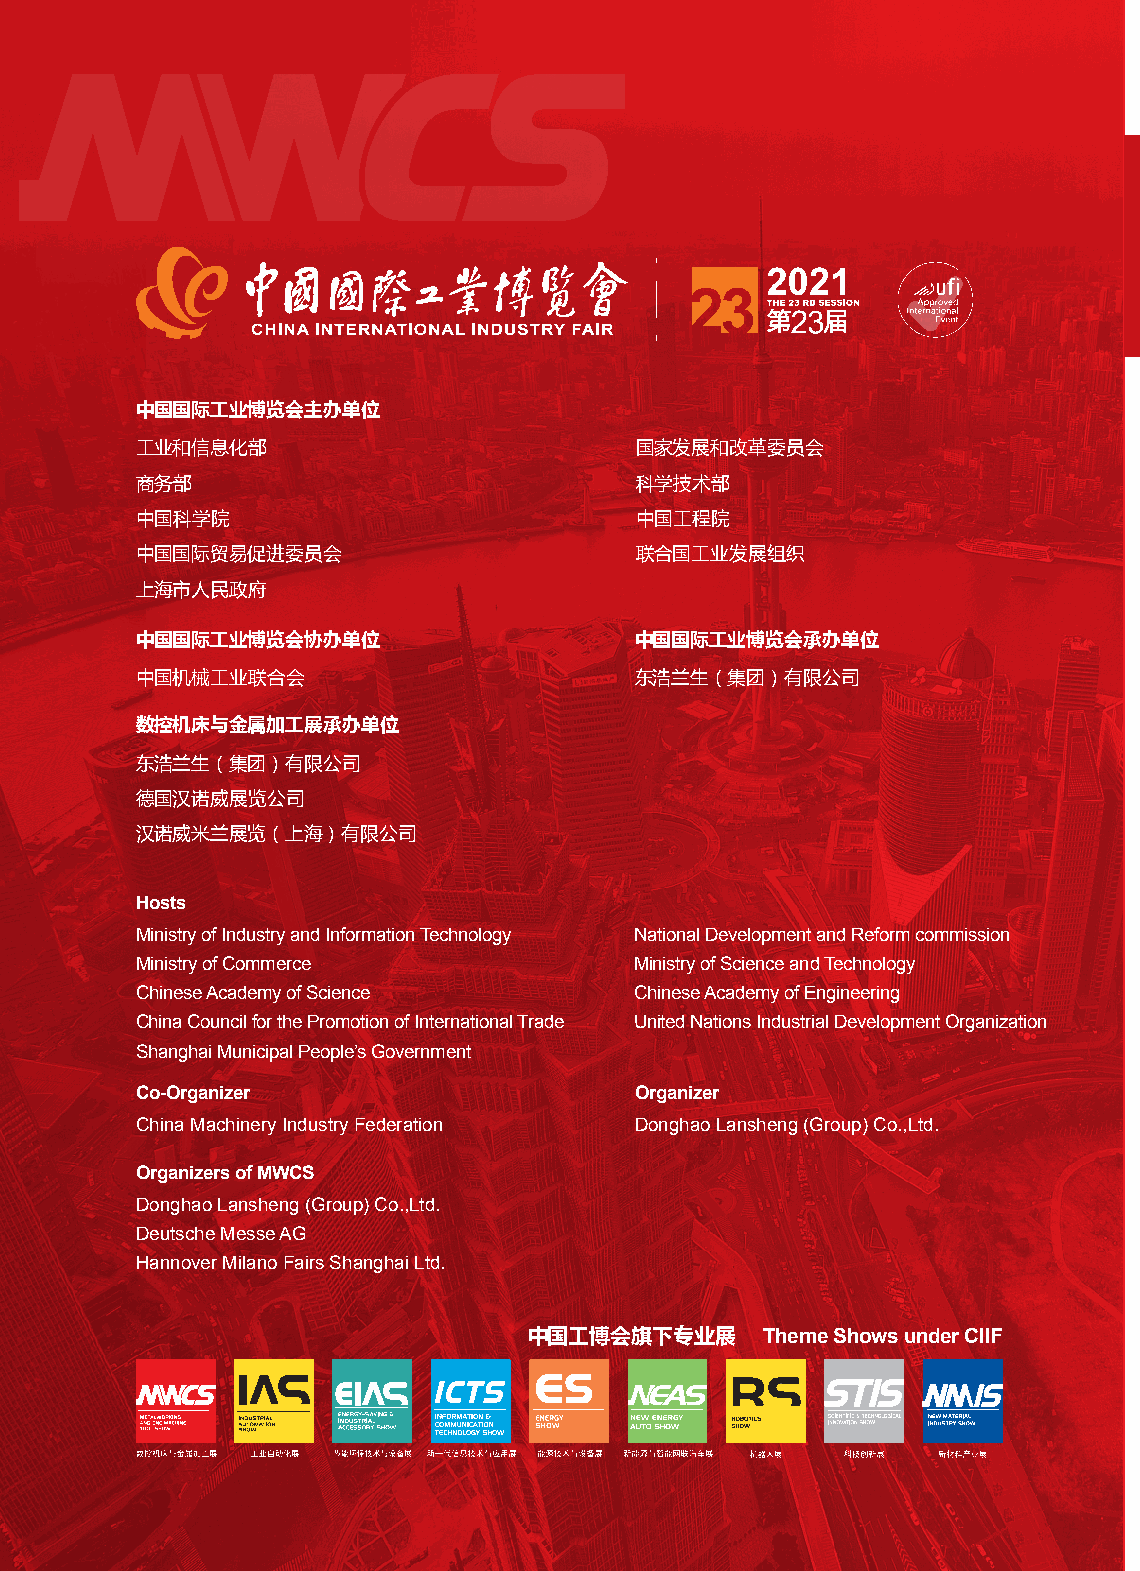
中国国际工业博览会主办单位
 工业和信息化部                          国家发展和改革委员会
 商务部                              科学技术部
 中国科学院                            中国工程院
 中国国际贸易促进委员会                      联合国工业发展组织
 上海市人民政府
 中国国际工业博览会协办单位                    中国国际工业博览会承办单位
 中国机械工业联合会                        东浩兰生（集团）有限公司
 数控机床与金属加工展承办单位
 东浩兰生（集团）有限公司
 德国汉诺威展览公司
 汉诺威米兰展览（上海）有限公司
 Hosts
 Ministry of Industry and Information Technology National Development and Reform commission
 Ministry of Commerce             Ministry of Science and Technology
 Chinese Academy of Science       Chinese Academy of Engineering
 China Council for the Promotion of International Trade United Nations Industrial Development Organization
 Shanghai Municipal People’s Government
 Co-Organizer                     Organizer
 China Machinery Industry Federation Donghao Lansheng (Group) Co.,Ltd.
 Organizers of MWCS
 Donghao Lansheng (Group) Co.,Ltd.
 Deutsche Messe AG
 Hannover Milano Fairs Shanghai Ltd.
 中国工博会旗下专业展     Theme Shows under CIIF